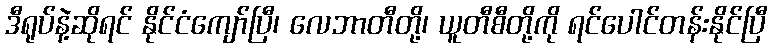
ဒီရုပ်နဲ့ဆိုရင် နိုင်ငံကျော်ပြီ၊ လေဘာတီတို့၊ ယူတီစီတို့ကို ရင်ပေါင်တန်းနိုင်ပြီ